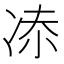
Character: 𠗑